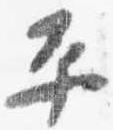
平